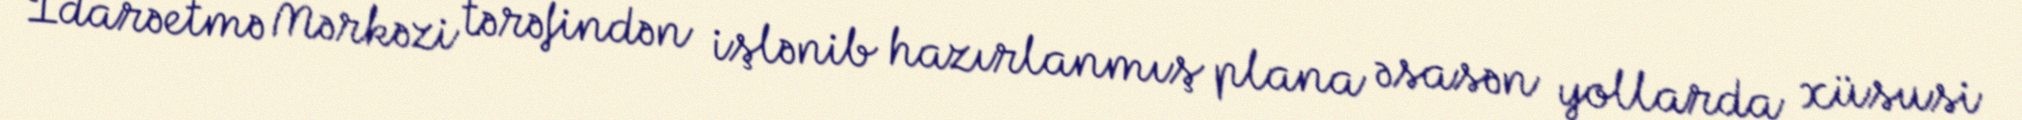
İdarəetmə Mərkəzi tərəfindən işlənib hazırlanmış plana əsasən yollarda xüsusi